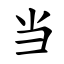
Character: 当